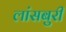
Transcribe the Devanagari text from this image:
लांसबुरी